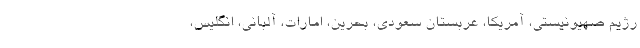
رژیم صهیونیستی، آمریکا، عربستان سعودی، بحرین، امارات، آلبانی، انگلیس،